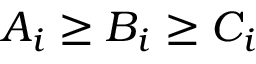
A _ { i } \geq B _ { i } \geq C _ { i }